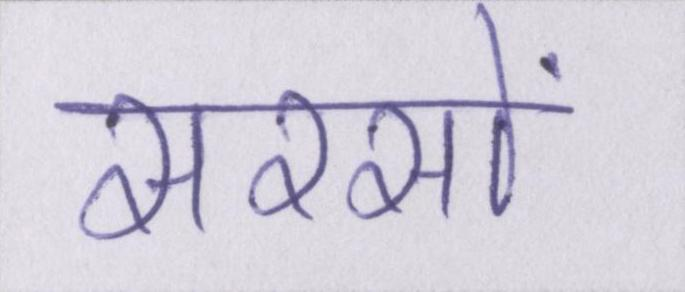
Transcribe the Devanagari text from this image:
सरसों